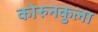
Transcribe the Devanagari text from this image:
कोरुनकुला